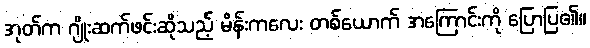
အုတ်က ဂျိုးဆက်ဖင်းဆိုသည့် မိန်းကလေး တစ်ယောက် အကြောင်းကို ပြောပြ၏။